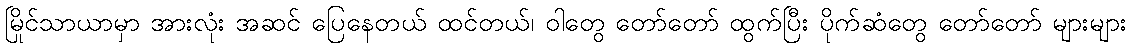
မြိုင်သာယာမှာ အားလုံး အဆင် ပြေနေတယ် ထင်တယ်၊ ဝါတွေ တော်တော် ထွက်ပြီး ပိုက်ဆံတွေ တော်တော် များများ